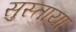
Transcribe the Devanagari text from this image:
सुस्ताया